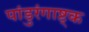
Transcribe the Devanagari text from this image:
पांडुरंगाष्ट्क